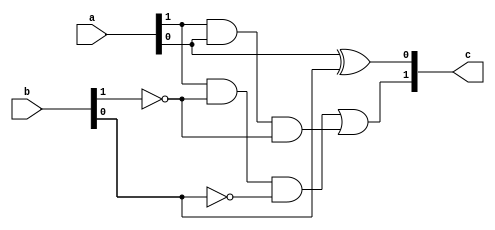
`timescale 1ns / 1ps

module ikibit_cikarici(
    input [1:0] a,
    input [1:0] b,
    output [1:0] c
    );
    
    wire nB1, nB0;
    wire and1, and2;
    
    not (nB1, b[1]);
    not (nB0, b[0]);
    
    xor (c[0], a[0], b[0]);
    and (and1, a[1], nB1, nB0);
    and (and2, a[1], a[0], nB1);
    or (c[1], and1, and2);
    
endmodule